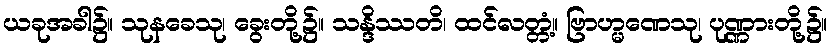
ယခုအခါ၌။ သုနခေသု၊ ခွေးတို့၌။ သန္ဒိဿတိ၊ ထင်လတ္တံ့။ ဗြာဟ္မဏေသု၊ ပုဏ္ဏားတို့၌။